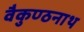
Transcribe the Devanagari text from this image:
वैकुण्ठनाथ